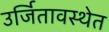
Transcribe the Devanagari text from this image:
उर्जितावस्थेत